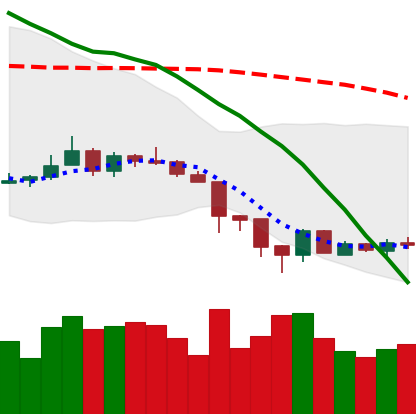
Ticker: XMR-USD
Chart end date: 2018-06-19
Forward return: -3.905%
Label: down_3_5